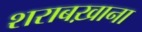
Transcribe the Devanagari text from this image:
शराबख़ाना